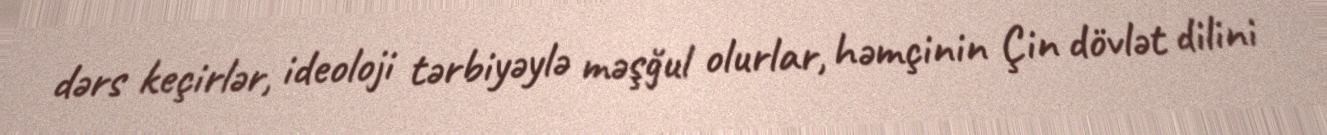
dərs keçirlər, ideoloji tərbiyəylə məşğul olurlar, həmçinin Çin dövlət dilini